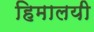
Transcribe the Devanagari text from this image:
हिमालयी